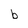
Character: b